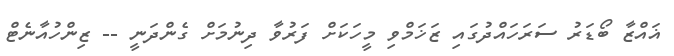
ޣައްޒާ ބޯޑަރު ސަރަހައްދުގައި ޒަޚަމްވި މީހަކަށް ފަރުވާ ދިނުމަށް ގެންދަނީ -- ޒިންހުއާނެޓް